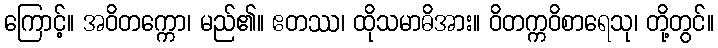
ကြောင့်။ အဝိတက္ကော၊ မည်၏။ ဧတဿ၊ ထိုသမာဓိအား။ ဝိတက္ကဝိစာရေသု၊ တို့တွင်။